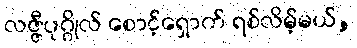
လဇ္ဇီပုဂ္ဂိုလ် စောင့်ရှောက် ရစ်လိမ့်မယ်,